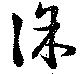
徐